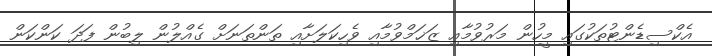
އެކްސިޑެންޓުތަކުގައި މީހުން މަރުވުމާއި ޒަޚަމްވުމާއި ވެހިކަލަށާއި ތަންތަނަށް ގެއްލުން ލިބުން ފަދަ ކަންކަން